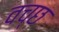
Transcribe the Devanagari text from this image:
वच्छ